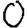
Digit: 0